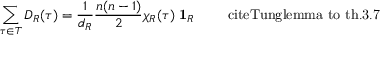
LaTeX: \sum _ { \tau \in T } D _ { R } ( \tau ) = \frac { 1 } { d _ { R } } \frac { n ( n - 1 ) } { 2 } \chi _ { R } ( \tau ) \mathrm { { \bf ~ 1 } } _ { R } \qquad \mathrm { \ c i t e { T u n g } l e m m a ~ t o ~ t h . 3 . 7 }